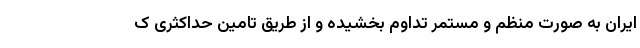
ایران به صورت منظم و مستمر تداوم بخشیده و از طریق تامین حداکثری ک